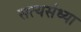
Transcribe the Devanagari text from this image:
सत्यसंध्या